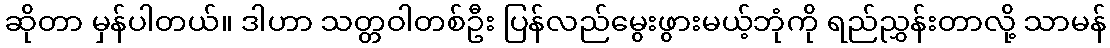
ဆိုတာ မှန်ပါတယ်။ ဒါဟာ သတ္တဝါတစ်ဦး ပြန်လည်မွေးဖွားမယ့်ဘုံကို ရည်ညွှန်းတာလို့ သာမန်